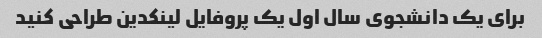
برای یک دانشجوی سال اول یک پروفایل لینکدین طراحی کنید